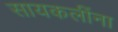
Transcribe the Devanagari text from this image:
सायकलींना